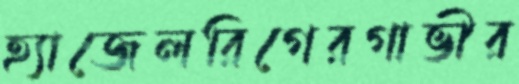
হ্যাজেলরিগেরগাভীর